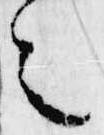
之